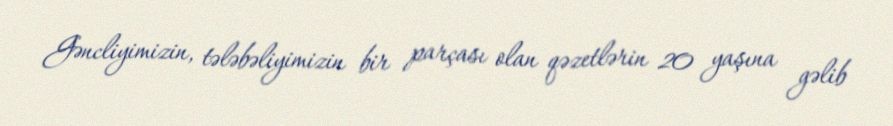
Gəncliyimizin, tələbəliyimizin bir parçası olan qəzetlərin 20 yaşına gəlib